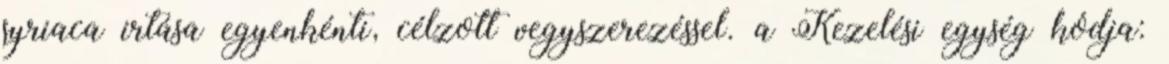
syriaca irtása egyenkénti, célzott vegyszerezéssel. a Kezelési egység kódja: